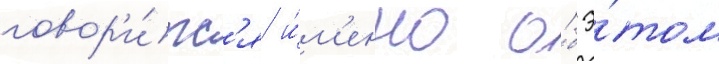
говор'и́тс'я и́м'енно о́б э́том